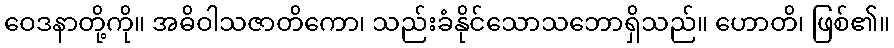
ဝေဒနာတို့ကို။ အဓိဝါသဇာတိကော၊ သည်းခံနိုင်သောသဘောရှိသည်။ ဟောတိ၊ ဖြစ်၏။